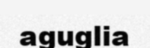
aguglia